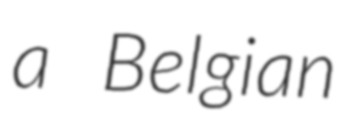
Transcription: a Belgian